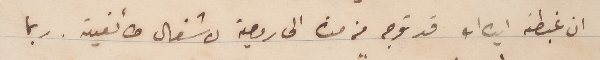
ان غبطته ايده ا ت قد توجه من مدة الى رومية لاشغال طائفية. ربما